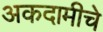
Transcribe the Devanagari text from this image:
अकदामीचे